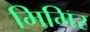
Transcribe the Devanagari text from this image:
मिमिर